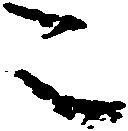
こ